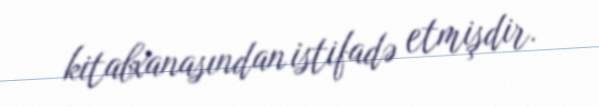
kitabxanasından istifadə etmişdir.